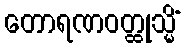
တောရဏဝတ္ထုသ္မိံ